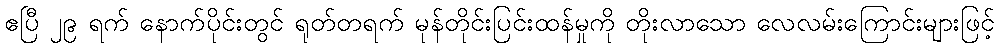
ဧပြီ ၂၉ ရက် နောက်ပိုင်းတွင် ရုတ်တရက် မုန်တိုင်းပြင်းထန်မှုကို တိုးလာသော လေလမ်းကြောင်းများဖြင့်